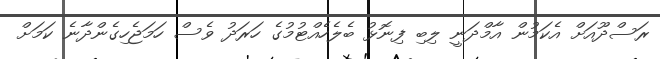
ރަސްދޫއަށް އެކަމުން އާމްދަނީ ލިބި ފިނޮޅު ބެލެހެއްޓުމުގެ ހަރަދު ވެސް ހަމަޖެހިގެންދާނެ ކަމަށް